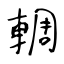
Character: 輖